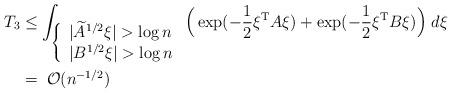
LaTeX: \begin{align*}T_3&\leq\int_{\left\{\begin{array}{l}{|\widetilde A^{1/2}\xi|> \log n}\\{|B^{1/2}\xi|> \log n}\end{array}\right.}\Big(\exp(-\frac{1}{2}\xi^{\rm T}A\xi)+\exp(-\frac{1}{2}\xi^{\rm T}B\xi)\Big)\; d\xi\\ & =\;\mathcal{O}(n^{-1/2})\end{align*}